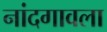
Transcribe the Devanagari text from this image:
नांदगावला